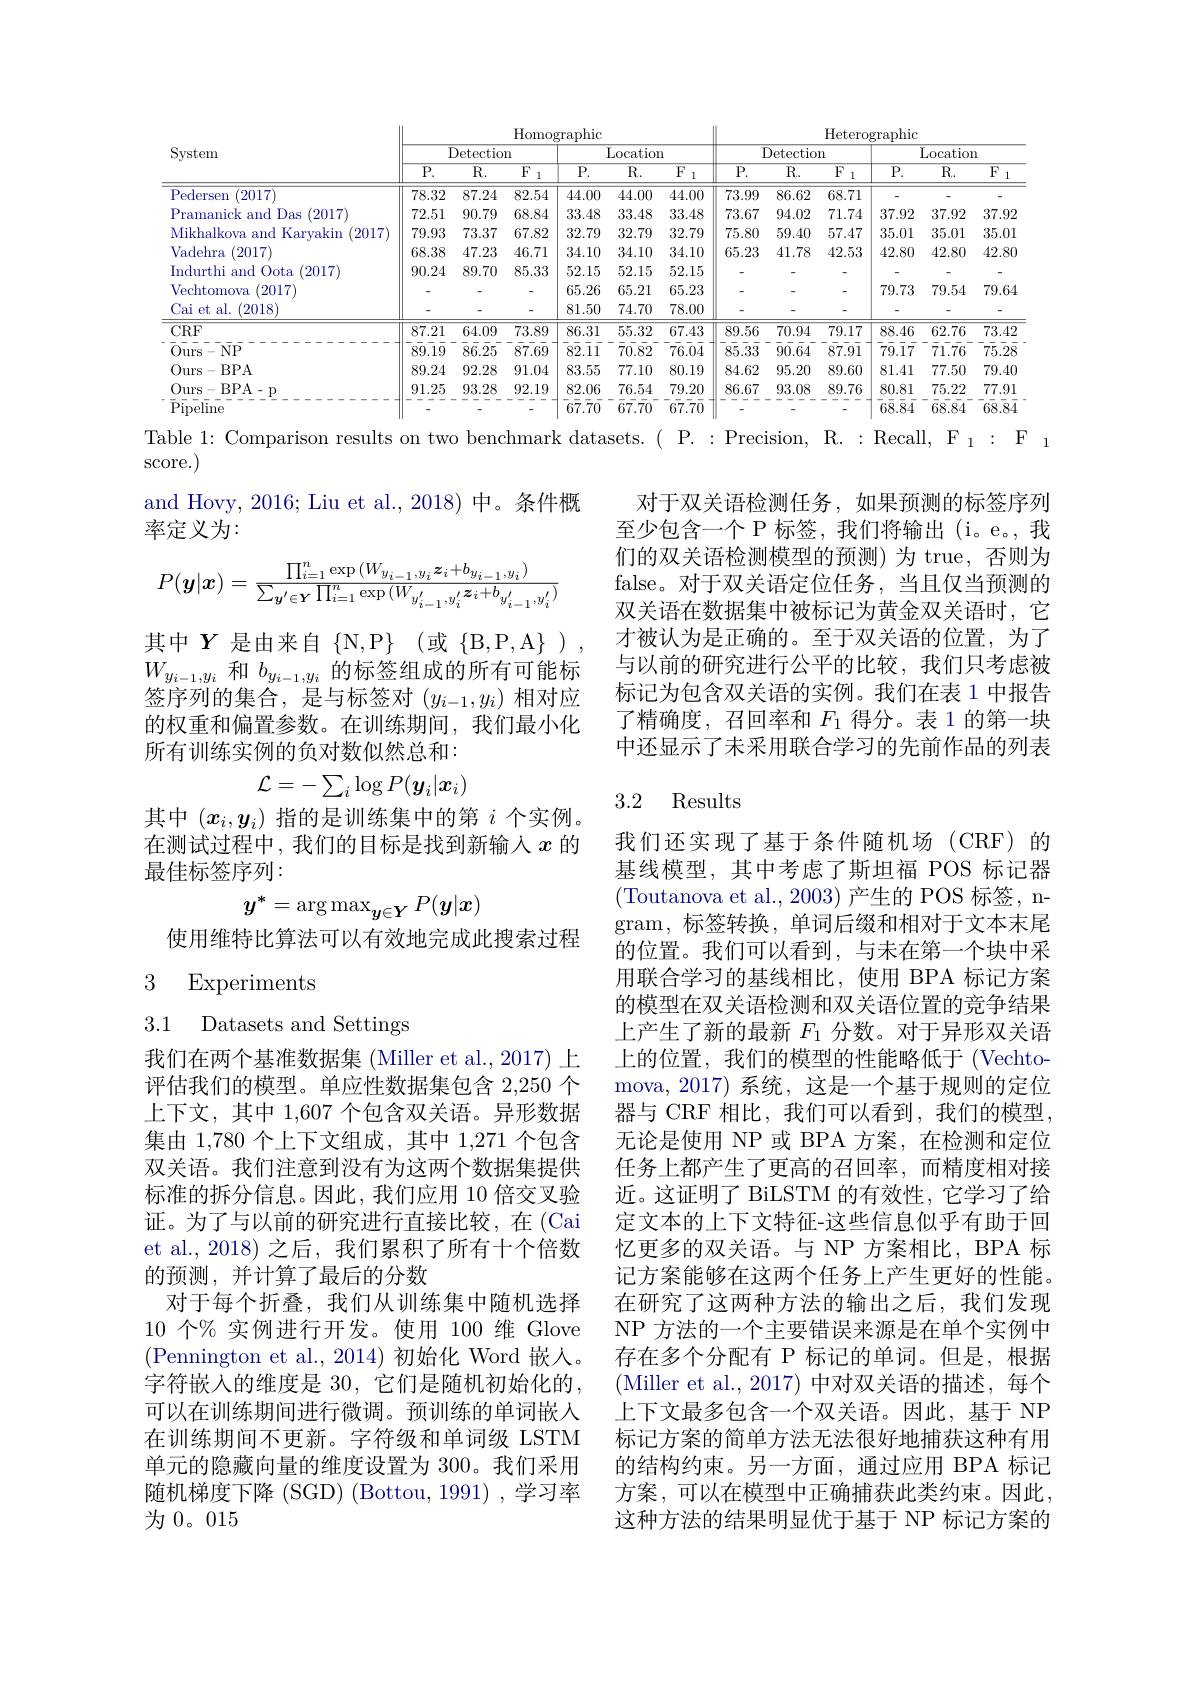
<table>
	<tbody>
		<tr>
			<th rowspan="2">System</th>
			<th colspan="3">Detection</th>
			<th colspan="3">Location</th>
			<th colspan="3">Detection</th>
			<th colspan="3">Location</th>
		</tr>
		<tr>
			<th>$\overline{\mathrm{P.}}$</th>
			<th>$\overline{R}.$</th>
			<th>$\overline{F}$ 1</th>
			<th>$\overline{\mathrm{P}}.$</th>
			<th>$\overline{R}.$</th>
			<th>$\overline{F}$ 1</th>
			<th>$\overline{\mathrm{P.}}$</th>
			<th>$\overline{\mathrm{R}}.$</th>
			<th>$\overline{F}$ 1</th>
			<th>$\overline{\mathrm{P.}}$</th>
			<th>$\overline{\mathrm{R}}.$</th>
			<th>$\overline{F}$ 1</th>
		</tr>
		<tr>
			<td>Pedersen (2017)</td>
			<td>78.32</td>
			<td>87.24</td>
			<td>82.54</td>
			<td>44.00</td>
			<td>44.00</td>
			<td>44.00</td>
			<td>73.99</td>
			<td>86.62</td>
			<td>68.71</td>
			<td> </td>
			<td> </td>
			<td>-</td>
		</tr>
		<tr>
			<td>Pramanick and Das (2017)</td>
			<td>72.51</td>
			<td>90.79</td>
			<td>68.84</td>
			<td>33.48</td>
			<td>33.48</td>
			<td>33.48</td>
			<td>73.67</td>
			<td>94.02</td>
			<td>71.74</td>
			<td>37.92</td>
			<td>37.92</td>
			<td>37.92</td>
		</tr>
		<tr>
			<td>Mikhalkova and Karyakin (2017)</td>
			<td>79.93</td>
			<td>73.37</td>
			<td>67.82</td>
			<td>32.79</td>
			<td>32.79</td>
			<td>32.79</td>
			<td>75.80</td>
			<td>59.40</td>
			<td>57.47</td>
			<td>35.01</td>
			<td>35.01</td>
			<td>35.01</td>
		</tr>
		<tr>
			<td>Vadehra 2017)</td>
			<td>68.38</td>
			<td>47.23</td>
			<td>46.71</td>
			<td>34.10</td>
			<td>34.10</td>
			<td>34.10</td>
			<td>65.23</td>
			<td>41.78</td>
			<td>42.53</td>
			<td>42.80</td>
			<td>42.80</td>
			<td>42.80</td>
		</tr>
		<tr>
			<td>Indurthi and Oota 2017</td>
			<td>90.24</td>
			<td>89.70</td>
			<td>85.33</td>
			<td>52.15</td>
			<td>52.15</td>
			<td>52.15</td>
			<td> </td>
			<td>-</td>
			<td> </td>
			<td> </td>
			<td> </td>
			<td>-</td>
		</tr>
		<tr>
			<td>Vechtomova 2017</td>
			<td> </td>
			<td> </td>
			<td>-</td>
			<td>65.26</td>
			<td>65.21</td>
			<td>65.23</td>
			<td> </td>
			<td>-</td>
			<td> </td>
			<td>79.73</td>
			<td>79.54</td>
			<td>79.64</td>
		</tr>
		<tr>
			<td>Cai et al. $(2018^{\cdot}$</td>
			<td> </td>
			<td> </td>
			<td>-</td>
			<td>81.50</td>
			<td>74.70</td>
			<td>78.00</td>
			<td>-</td>
			<td>-</td>
			<td> </td>
			<td>-</td>
			<td>-</td>
			<td>-</td>
		</tr>
		<tr>
			<td>$\overline{\mathrm{CRF}}$</td>
			<td>87.21</td>
			<td>64.09</td>
			<td>73.89</td>
			<td>86.31</td>
			<td>55.32</td>
			<td>67.43</td>
			<td>89.56</td>
			<td>70.94</td>
			<td>79.17</td>
			<td>88.46</td>
			<td>62.76</td>
			<td>73.42</td>
		</tr>
		<tr>
			<td>Ours- NP</td>
			<td>89.19</td>
			<td>86.25</td>
			<td>87.69</td>
			<td>82.11</td>
			<td>70.82</td>
			<td>76.04</td>
			<td>85.35</td>
			<td>90.64</td>
			<td>87.91</td>
			<td>79.17</td>
			<td>71.76</td>
			<td>75.28</td>
		</tr>
		<tr>
			<td>Ours- BPA</td>
			<td>89.24</td>
			<td>92.28</td>
			<td>91.04</td>
			<td>83.55</td>
			<td>77.10</td>
			<td>80.19</td>
			<td>84.62</td>
			<td>95.20</td>
			<td>89.60</td>
			<td>81.41</td>
			<td>77.50</td>
			<td>79.40</td>
		</tr>
		<tr>
			<td>Ours- BPA- p</td>
			<td>91.25</td>
			<td>93.28</td>
			<td>92.19</td>
			<td>82.06</td>
			<td>76.54</td>
			<td>79.20</td>
			<td>86.67</td>
			<td>93.08</td>
			<td>89.76</td>
			<td>80.81</td>
			<td>75.22</td>
			<td>77.91</td>
		</tr>
		<tr>
			<td>$\bar{\mathrm{Pipeline}}$</td>
			<td> </td>
			<td> </td>
			<td>-</td>
			<td>$\bar{6}\bar{7}.\bar{7}\bar{0}$</td>
			<td>$\bar{6}\bar{7}.\bar{7}0$</td>
			<td>67.70</td>
			<td> </td>
			<td>-</td>
			<td> </td>
			<td>68.84</td>
			<td>68.84</td>
			<td>68.84</td>
		</tr>
	</tbody>
</table>

Table 1: Comparison results on two benchmark datasets.( P. : Precision, R. : Recall, $\mathcal{F_{1}}:\mathcal{F_{1}}$

score.)

and Hovy, 2016; Liu et al., 2018) 中。条件概
率定义为：
$$P(\boldsymbol{y}|\boldsymbol{x})=\frac{\prod_{i=1}^n\exp{(W_{y_{i-1},y_i}\boldsymbol{z}_i+b_{y_{i-1},y_i})}}{\sum_{y'\in\boldsymbol{Y}}\prod_{i=1}^n\exp{(W_{y_{i-1}^{\prime},y_i^{\prime}}\boldsymbol{z}_i+b_{y_{i-1}^{\prime},y_i^{\prime}})}}$$
对于双关语检测任务，如果预测的标签序列至少包含一个 P 标签，我们将输出 (i。e。, 我们的双关语检测模型的预测)为 true, 否则为false。对于双关语定位任务，当且仅当预测的双关语在数据集中被标记为黄金双关语时，它才被认为是正确的。至于双关语的位置，为了与以前的研究进行公平的比较，我们只考虑被标记为包含双关语的实例。我们在表 1 中报告了精确度，召回率和$F_1$得分。表 1 的第一块中还显示了未采用联合学习的先前作品的列表

其中$Y$是由来自$\{\mathbb{N},\mathbb{P}\}$ (或$\{$B,P,A$\}$ ) $W_{y_{i-1},y_i}$和$b_y_{i-1,y_i}$的标签组成的所有可能标签序列的集合，是与标签对$(y_i-1,y_i)$相对应的权重和偏置参数。在训练期间，我们最小化所有训练实例的负对数似然总和：
$$\mathcal{L}=-\sum_i\log P(\boldsymbol{y}_i|\boldsymbol{x}_i)$$
## 3.2 Results

其中$(x_i,y_i)$指的是训练集中的第$i$个实例。在测试过程中，我们的目标是找到新输入$x$的最佳标签序列：
$$y^*=\arg\max_{\boldsymbol{y}\in\boldsymbol{Y}}P(\boldsymbol{y}|\boldsymbol{x})$$
使用维特比算法可以有效地完成此搜索过程
3 Experiments

3.1 Datasets and Settings

我们还实现了基于条件随机场(CRF)的基线模型，其中考虑了斯坦福 POS 标记器(Toutanova et al., 2003)产生的 POS 标签，n- $\operatorname{gram}$,标签转换，单词后缀和相对于文本末尾的位置。我们可以看到，与未在第一个块中采用联合学习的基线相比，使用 BPA 标记方案的模型在双关语检测和双关语位置的竞争结果上产生了新的最新$F_{1}$分数。对于异形双关语上的位置，我们的模型的性能略低于(Vechtomova, 2017) 系统，这是一个基于规则的定位器与 CRF 相比，我们可以看到，我们的模型无论是使用 NP 或 BPA 方案，在检测和定位任务上都产生了更高的召回率，而精度相对接近。这证明了 BiLSTM 的有效性，它学习了给定文本的上下文特征-这些信息似乎有助于回忆更多的双关语。与 NP 方案相比，BPA 标记方案能够在这两个任务上产生更好的性能。在研究了这两种方法的输出之后，我们发现NP 方法的一个主要错误来源是在单个实例中存在多个分配有 P 标记的单词。但是，根据(Miller et al., 2017) 中对双关语的描述，每个上下文最多包含一个双关语。因此，基于 NP 标记方案的简单方法无法很好地捕获这种有用的结构约束。另一方面，通过应用 BPA 标记方案，可以在模型中正确捕获此类约束。因此， 这种方法的结果明显优于基于 NP 标记方案的

我们在两个基准数据集 (Miller et al., 2017) 上评估我们的模型。单应性数据集包含 2,250 个上下文，其中 1,607 个包含双关语。异形数据集由 1,780 个上下文组成，其中 1,271 个包含双关语。我们注意到没有为这两个数据集提供标准的拆分信息。因此，我们应用 10 倍交叉验证。为了与以前的研究进行直接比较，在(Cai et al.,2018)之后，我们累积了所有十个倍数的预测，并计算了最后的分数
对于每个折叠，我们从训练集中随机选择10个% 实例进行开发。使用 100 维 Glove (Pennington et al., 2014)初始化 Word 嵌人。字符嵌入的维度是 30, 它们是随机初始化的， 可以在训练期间进行微调。预训练的单词嵌人在训练期间不更新。字符级和单词级 LSTM 单元的隐藏向量的维度设置为 300。我们采用随机梯度下降 (SGD) (Bottou, 1991) ,学习率为0。015